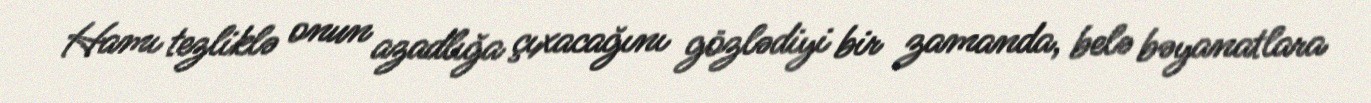
Hamı tezliklə onun azadlığa çıxacağını gözlədiyi bir zamanda, belə bəyanatlara